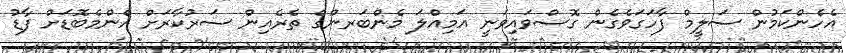
އެހެންކަމުން ސަލީމް ފާހަގަވެގެން ގޮސްވައިވަނީ އަމިއްލަ މެންބަރންގެ ތެރެއިން ސަރުކާރަށް އެންމެބޮޑަށް ފާޑު